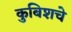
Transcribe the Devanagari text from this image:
कुबिशचे